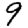
Digit: 9